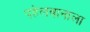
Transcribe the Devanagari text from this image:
पहेलवानाला